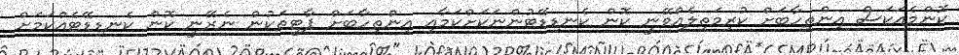
ކޮންމެއަކަސް އިންތިހާބަށް ކުރިމަތިލެއްވޭނީ ކޮން ކެނޑިޑޭޓުންނަކަށްކަމާއި އިންތިހާބަށް ޕާޓީތަކުން ނެރޭނީ ކޮން ކެނޑިޑޭޓެއްކަމަށް